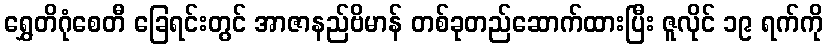
ရွှေတိဂုံစေတီ ခြေရင်းတွင် အာဇာနည်ဗိမာန် တစ်ခုတည်ဆောက်ထားပြီး ဇူလိုင် ၁၉ ရက်ကို